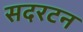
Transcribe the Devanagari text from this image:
सदरटन